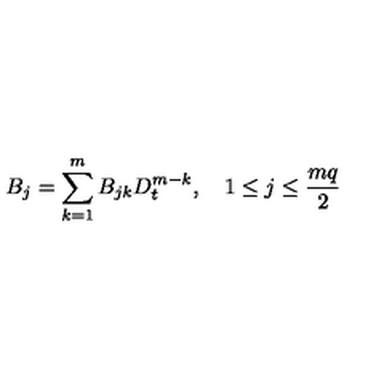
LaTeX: B _ { j } = \sum _ { k = 1 } ^ { m } B _ { j k } D _ { t } ^ { m - k } , \quad 1 \leq j \leq \frac { m q } { 2 }